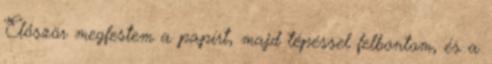
Először megfestem a papírt, majd tépéssel felbontom, és a